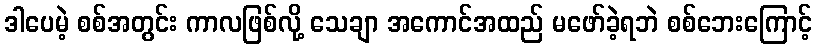
ဒါပေမဲ့ စစ်အတွင်း ကာလဖြစ်လို့ သေချာ အကောင်အထည် မဖော်ခဲ့ရဘဲ စစ်ဘေးကြောင့်